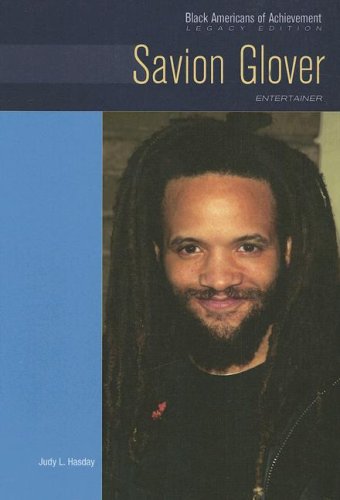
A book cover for Savion Glover: Entertainer (Black Americans of Achievement); Judy L. Hasday; Teen & Young Adult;